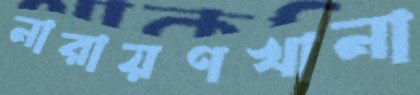
নারায়ণখানা